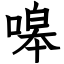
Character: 嗥